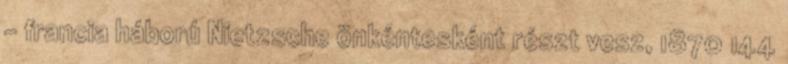
– francia háború Nietzsche önkéntesként részt vesz, 1870 144